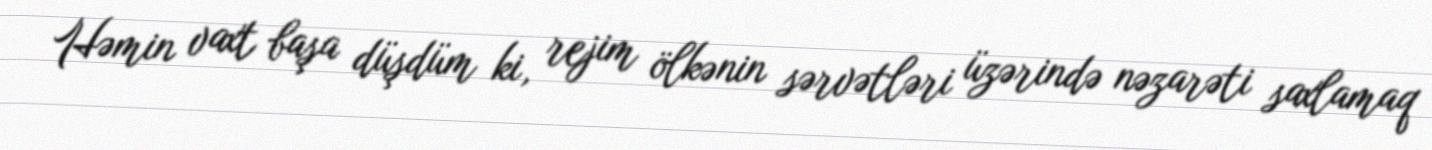
Həmin vaxt başa düşdüm ki, rejim ölkənin sərvətləri üzərində nəzarəti saxlamaq